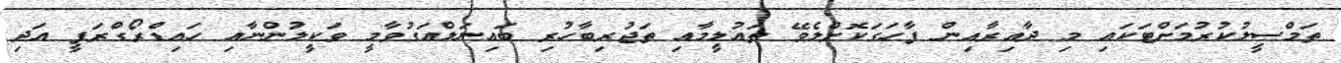
ތަމްސީލުކުރުމަށްޓަކައި މި ދާއިރާއިން ފާހަގަކޮށްލެވޭ ތައުލީމާއި ތަޖުރިބާހުރި ބައިނަލްއަގުވާމީ ވަކީލުންނާއި ހައިޑްރޯގްރަފީ އަދި